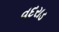
વદરાડ